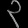
Digit: ၃